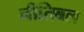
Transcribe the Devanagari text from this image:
नीतिबल